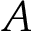
A